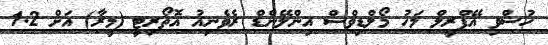
ހުސްވި އޭޕްރީލް މަހު މޯލްޑިވްސް އިންލޭންޑް ރެވެނިއު އޮތޯރިޓީ (މީރާ) އަށް 1.2